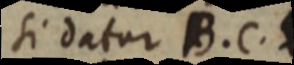
si datur B.C.